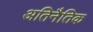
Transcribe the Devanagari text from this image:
अतिनैतिक